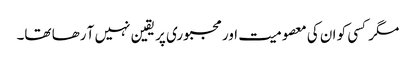
مگر کسی کو ان کی معصومیت اور مجبوری پر یقین نہیں آ رھا تھا۔